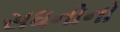
સધનોનો